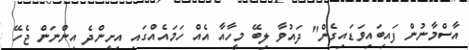
އާސްމާނުން ފައިބައިވަޑައިގެން" ދައުވާ ލިބޭ މީހާއާ އެއް ހަމައެއްގައި އިށީންދެ އިންނަން ޖެހޭ